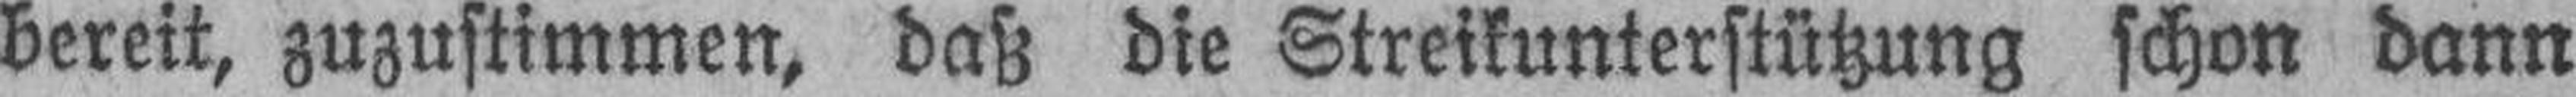
bereit, zuzustimmen, daß die Streikunterstützung schon dann